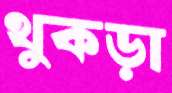
থুকড়া